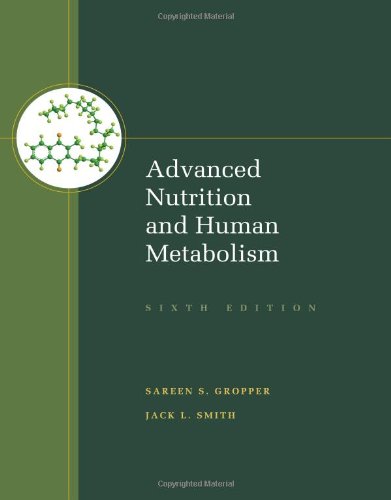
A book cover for Advanced Nutrition and Human Metabolism; Sareen S. Gropper; Medical Books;